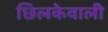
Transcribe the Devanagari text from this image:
छिलकेवाली